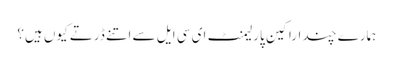
ہمارے چند اراکین پارلیمنٹ ای سی ایل سے اتنے ڈرتے کیوں ہیں؟